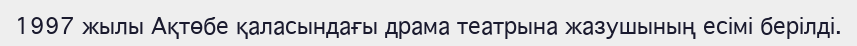
1997 жылы Ақтөбе қаласындағы драма театрына жазушының есімі берілді.